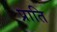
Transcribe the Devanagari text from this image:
प्राति